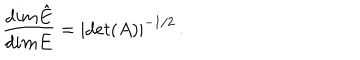
\frac { d i m \hat { E } } { d i m E } = | d e t ( A ) | ^ { - 1 / 2 } \, .